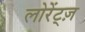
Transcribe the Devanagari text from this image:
लोरेंट्ज़